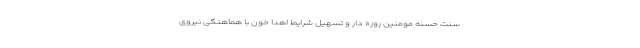
سنت حسنه مومنین روزه دار و تسهیل شرایط اهدا خون با هماهنگی نیروی